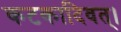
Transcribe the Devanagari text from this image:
कटकादिवत्।